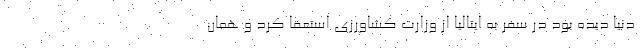
دنیا دیده بود در سفر به ایتالیا از وزارت کشاورزی استعفا کرد و همان